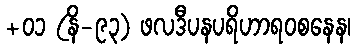
+၀၁ (နိ-၉၃) ဖလဒီပနပရိဟာရဝစနေန၊